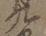
九